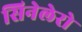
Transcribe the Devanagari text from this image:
सिनेलेरो